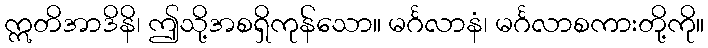
ဣတိအာဒိနိ၊ ဤသို့အစရှိကုန်သော။ မင်္ဂလာနံ၊ မင်္ဂလာစကားတို့ကို။